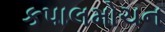
કપાલમોચન